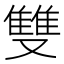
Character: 雙